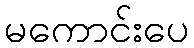
မကောင်းပေ